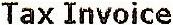
TAX INVOICE